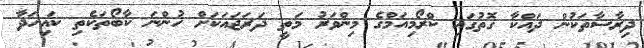
ދިރާސާތަކުން ދައްކާ ގޮތުގައި ކްރޯމިއަމްގެ މިންވަރު މަތީ ދަރަޖައަކަށް ހުންނަ ކާބޯތަކެތި ކައިހަދާ